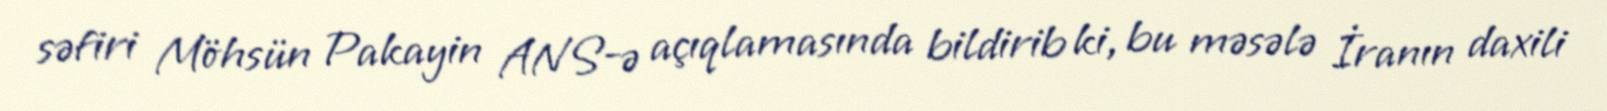
səfiri Möhsün Pakayin ANS-ə açıqlamasında bildirib ki, bu məsələ İranın daxili